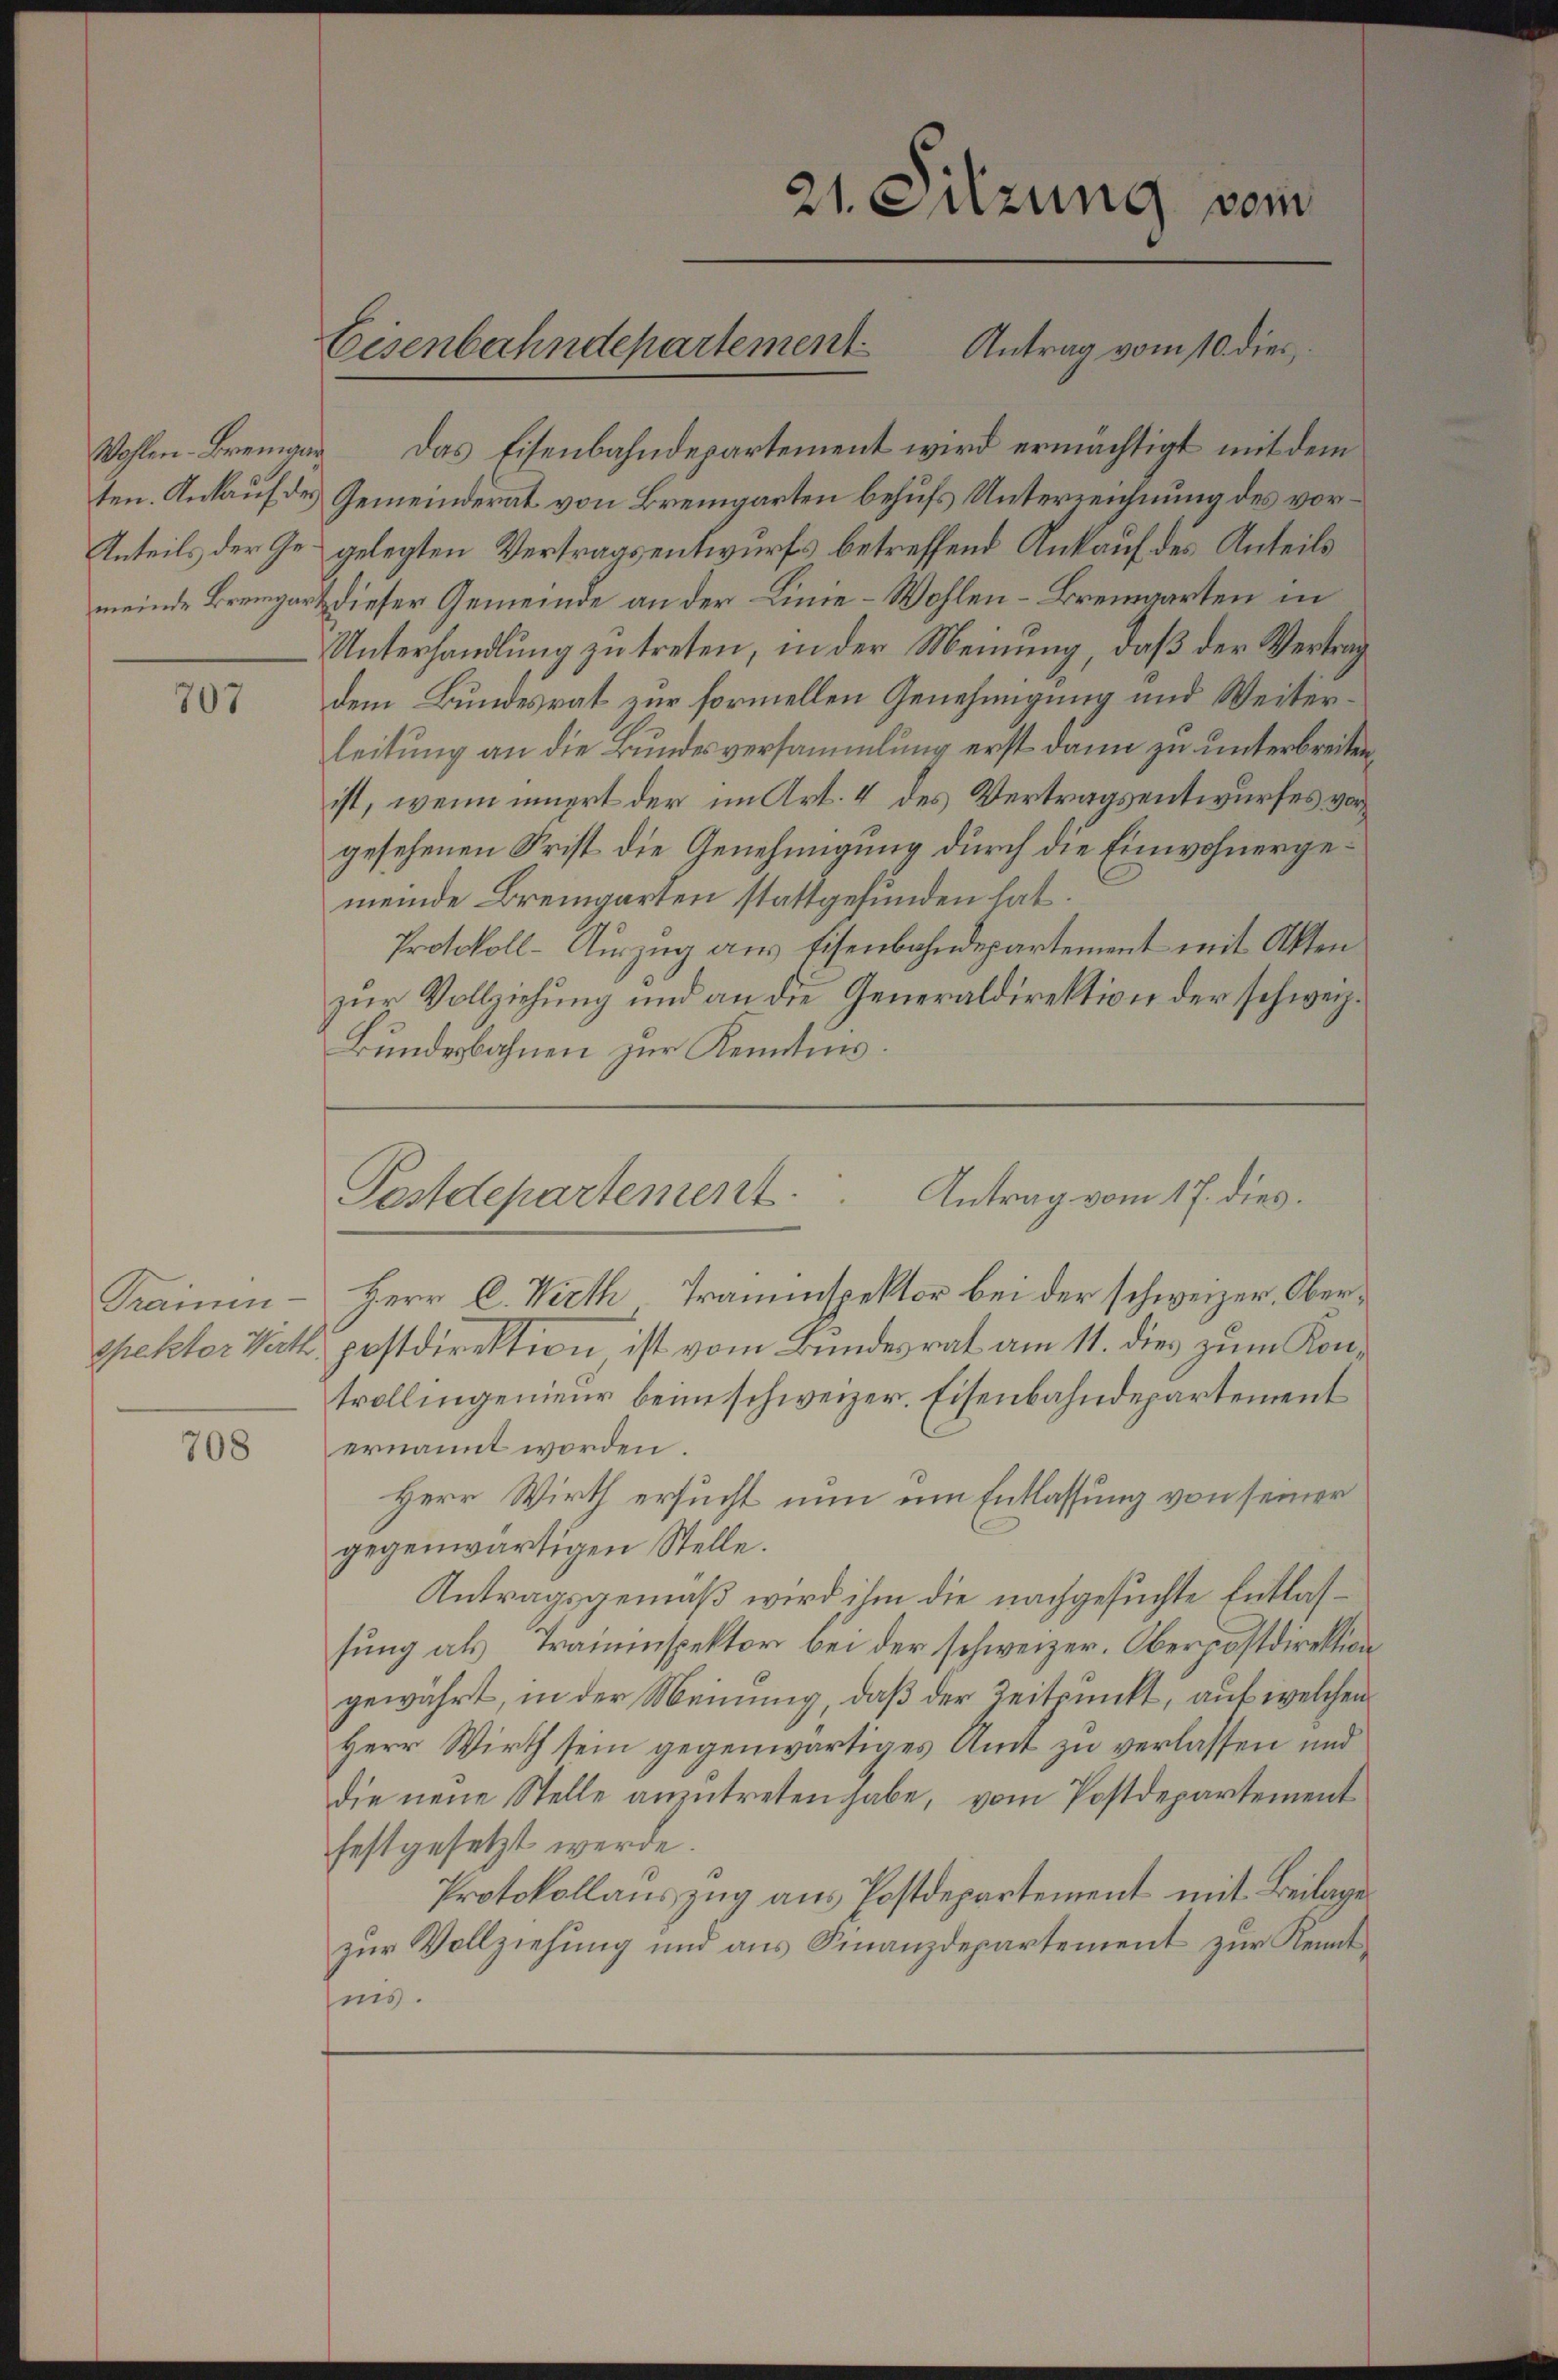
ten. Ankauf des
Anteils der Gemeinde Bremgart

707

Trainen-
spektor Werth

708

Eisenbahndepartement

Wohlen-Bremgar das Eisenbahndepartement wird ermächtigt mit dem
Gemeinderat von Bremgarten behufs Unterreichnung des vorgelegten Vertragsentwurfs betreffend Ankauf des Anteils
dieser Gemeinde an der Linie-Wohlen-Bremgarten in
Unterhandlung zu treten, in der Meinung, daß der Vertrag
dem Bundesrat zur formellen Genehmigung und Weiterleitung an die Bundesversammlung erst dann zu unterbreiten,
ist, wenn innert der im Art. 4 des Vertragsentwurfes vorgesehenen Frist die Genehmigung durch die Einwohnergemeinde Bremgarten stattgefunden hat.
Protokoll-Auszug aus Eisenbahndepartement mit Akten
zur Vollziehung und an die Generaldirektion der schweiz.
Bundesbahnen zur Kenntnis.
Herr C. Wirth Trauenspektor bei der schweizer. Oberpostdirektion ist vom Bundesrat am 11. dies zum Kon-
trollingenieur beim schweizer. Eisenbahndepartement
ernannt worden
Herr Wirth ersucht nun um Entlassung von seiner
gegenwärtigen Stelle.
Antragsgemäß wird ihm die nachgesuchte Entlassung als Traininspektor bei der schweizer. Oberpostdirektion
gewährt, in der Meinung, daß der Zeitpunkt, auf welchen
Herr Wirth sein gegenwärtiges Amt zu verlassen und
die neŭe Stelle anzŭtreten habe, vom Postdepartement
festgesetzt werde.
Protokollauszug aus Postdepartement mit Beilage
zŭr Vollziehung und ans Finanzdepartement zŭr Kennt-
teig.

21. Sitzung vom
Antrag vom 10. dies

Postdepartement.  ..  Antrag vom 17. dies